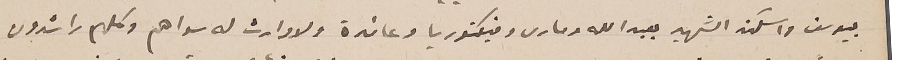
بيوسف واسكندر الشهير بعبدالله ومارى وفيكتوريا وعائدة ولا وارث له سواهم وكلهم راشدون